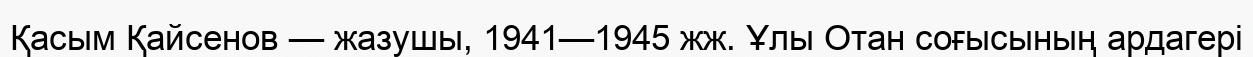
Қасым Қайсенов — жазушы, 1941—1945 жж. Ұлы Отан соғысының ардагері